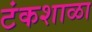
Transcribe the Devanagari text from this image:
टंकशाळा